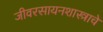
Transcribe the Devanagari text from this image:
जीवरसायनशास्त्राचे